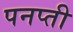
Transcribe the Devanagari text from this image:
पनप्ती